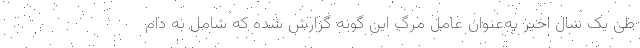
طی یک سال اخیر به‌عنوان عامل مرگ این گونه گزارش شده که شامل به دام